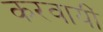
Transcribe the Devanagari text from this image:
करवायीं